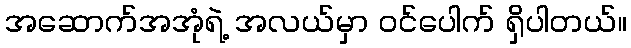
အဆောက်အအုံရဲ့ အလယ်မှာ ဝင်ပေါက် ရှိပါတယ်။